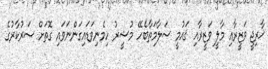
ޚާރިޖީ ވަޒީރާއި މާލީ ވަޒީރާއި ޤައުމީ ސަލާމަތާބެހޭ މުޝީރު ހިމެނިވަޑައިގަންނަވައި ގޮތަށް ސަރުކާރުގެ